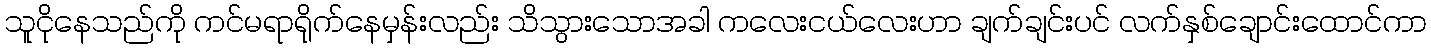
သူငိုနေသည်ကို ကင်မရာရိုက်နေမှန်းလည်း သိသွားသောအခါ ကလေးငယ်လေးဟာ ချက်ချင်းပင် လက်နှစ်ချောင်းထောင်ကာ